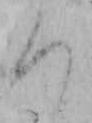
ろ